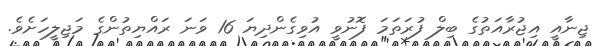
ޖިނާއީ އިޖުރާއަތުގެ ބިލް ފުރަތަމަ ފޮނުވީ އުވިގެންދިޔަ 16 ވަނަ ރައްޔިތުންގެ މަޖިލީހަށެވެ.